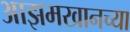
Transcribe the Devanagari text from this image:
आझमखानच्या